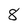
Character: 8